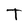
Character: T